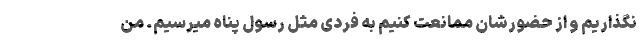
نگذاریم و از حضورشان ممانعت کنیم به فردی مثل رسول پناه میرسیم. من